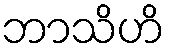
ဘာသိဟိ